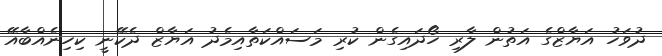
ދުވަހު އަޔާޒްގެ އަތުން ލާރި ހޯދައިގެން ކުރި މަސައްކަތާއިމެދު އަޔާޒް ދެކޭނީ ކިހިނެއްބާއޭ